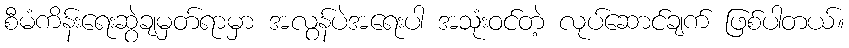
စီမံကိန်းရေးဆွဲချမှတ်ရာမှာ အလွန်ပဲအရေးပါ အသုံးဝင်တဲ့ လုပ်ဆောင်ချက် ဖြစ်ပါတယ်။